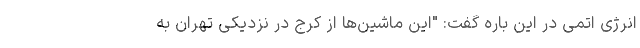
انرژی اتمی در این باره گفت: "این ماشین‌ها از کرج در نزدیکی تهران به